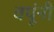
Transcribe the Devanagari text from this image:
वपूंनी